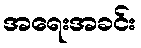
အရေးအခင်း